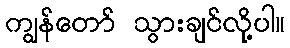
ကျွန်တော် သွားချင်လို့ပါ။